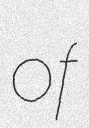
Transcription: of